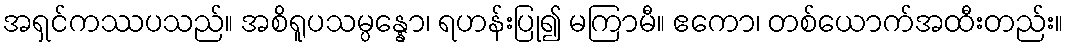
အရှင်ကဿပသည်။ အစိရူပသမ္ပန္နော၊ ရဟန်းပြု၍ မကြာမီ။ ဧကော၊ တစ်ယောက်အထီးတည်း။